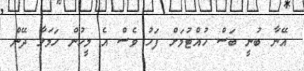
އޭނާ ބުނީ ބަސް ހުއްޓުމަށް ފަހު ވެސް އެ މީހުން ހަމަލާ ދޭން